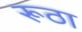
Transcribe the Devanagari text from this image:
रूठा